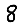
Digit: 8